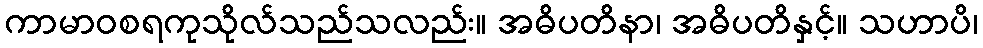
ကာမာဝစရကုသိုလ်သည်သလည်း။ အဓိပတိနာ၊ အဓိပတိနှင့်။ သဟာပိ၊